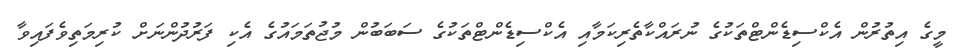
މީގެ އިތުރުން އެކްސިޑެންޓްތަކުގެ ނުރައްކާތެރިކަމާއި އެކްސިޑެންޓްތަކުގެ ސަބަަބުން މުޖުތަމައުގެ އެކި ފަރުދުންނަށް ކުރިމަތިވެފައިވާ